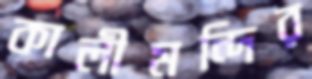
কালীমন্দির